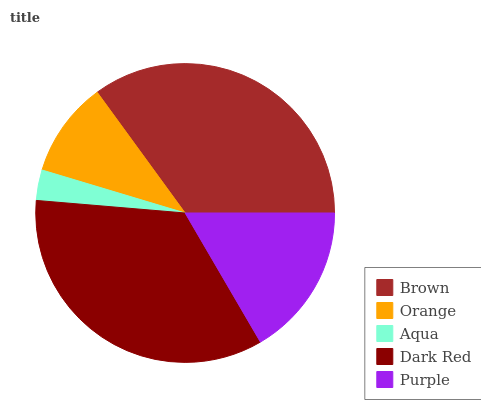
| Brown | Orange | Aqua | Dark Red | Purple |
 | --- | --- | --- | --- | --- |
 | 35% | 10.4% | 3.3% | 34.7% | 16.6% |